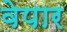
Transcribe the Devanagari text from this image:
वेपार